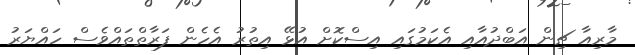
މާރިއާ ޗިން އަބްދުއާއި އެކަމުގައި އިސްކޮށް އުޅޭ އިތުރު އެހެން ފަރާތްތައްވެސް ހައްޔަރު